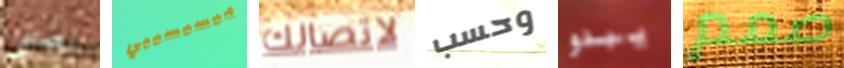
نصفي ميسيسيبي لاتصالك وحسب يبدو صمم